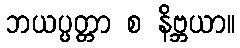
ဘယပ္ပတ္တာ စ နိဗ္ဘယာ။